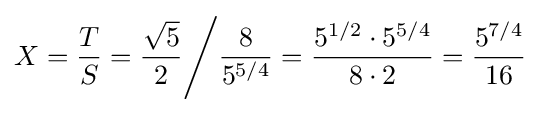
X={\frac {T}{S}}={\frac {\sqrt {5}}{2}}{\Bigg /}{\frac {8}{5^{5/4}}}={\frac {5^{1/2}\cdot 5^{5/4}}{8\cdot 2}}={\frac {5^{7/4}}{16}}